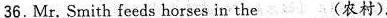
36.Mr. Smith feeds horses in the___(农村).